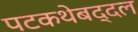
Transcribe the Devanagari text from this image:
पटकथेबद्दल